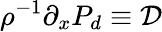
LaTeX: \rho^{-1}\partial_{x}P_{d}\equiv\mathcal{D}